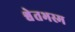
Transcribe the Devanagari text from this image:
श्वेतभस्म